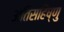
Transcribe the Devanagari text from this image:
अतिसहिष्णु